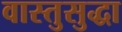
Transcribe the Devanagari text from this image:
वास्तुसुद्धा